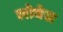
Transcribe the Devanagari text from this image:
लोबेस